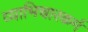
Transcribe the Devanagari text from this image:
व्याभिचारकर्म